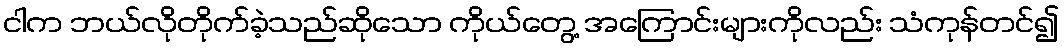
ငါက ဘယ်လိုတိုက်ခဲ့သည်ဆိုသော ကိုယ်တွေ့ အကြောင်းများကိုလည်း သံကုန်တင်၍